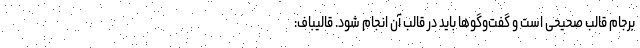
برجام قالب صحیحی است و گفت‌وگوها باید در قالب آن انجام شود. قالیباف: